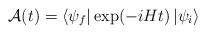
LaTeX: \begin{align*}{\cal{A}}(t)=\left \langle \psi_f \right|\exp(-iHt)\left| \psi_i\right \rangle\end{align*}